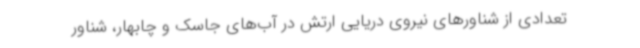
تعدادی از شناورهای نیروی دریایی ارتش در آب‌های جاسک و چابهار، شناور